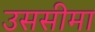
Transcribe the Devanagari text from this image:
उससीमा